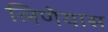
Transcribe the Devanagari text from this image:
लिणेयास